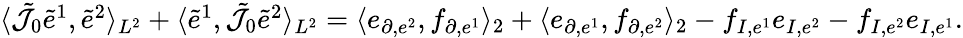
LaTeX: \begin{array}{r}{\langle\tilde{\mathcal{J}}_{0}\tilde{e}^{1},\tilde{e}^{2}\rangle_{L^{2}}+\langle\tilde{e}^{1},\tilde{\mathcal{J}}_{0}\tilde{e}^{2}\rangle_{L^{2}}=\langle e_{\partial,e^{2}},f_{\partial,e^{1}}\rangle_{2}+\langle e_{\partial,e^{1}},f_{\partial,e^{2}}\rangle_{2}-f_{I,e^{1}}e_{I,e^{2}}-f_{I,e^{2}}e_{I,e^{1}}.}\end{array}